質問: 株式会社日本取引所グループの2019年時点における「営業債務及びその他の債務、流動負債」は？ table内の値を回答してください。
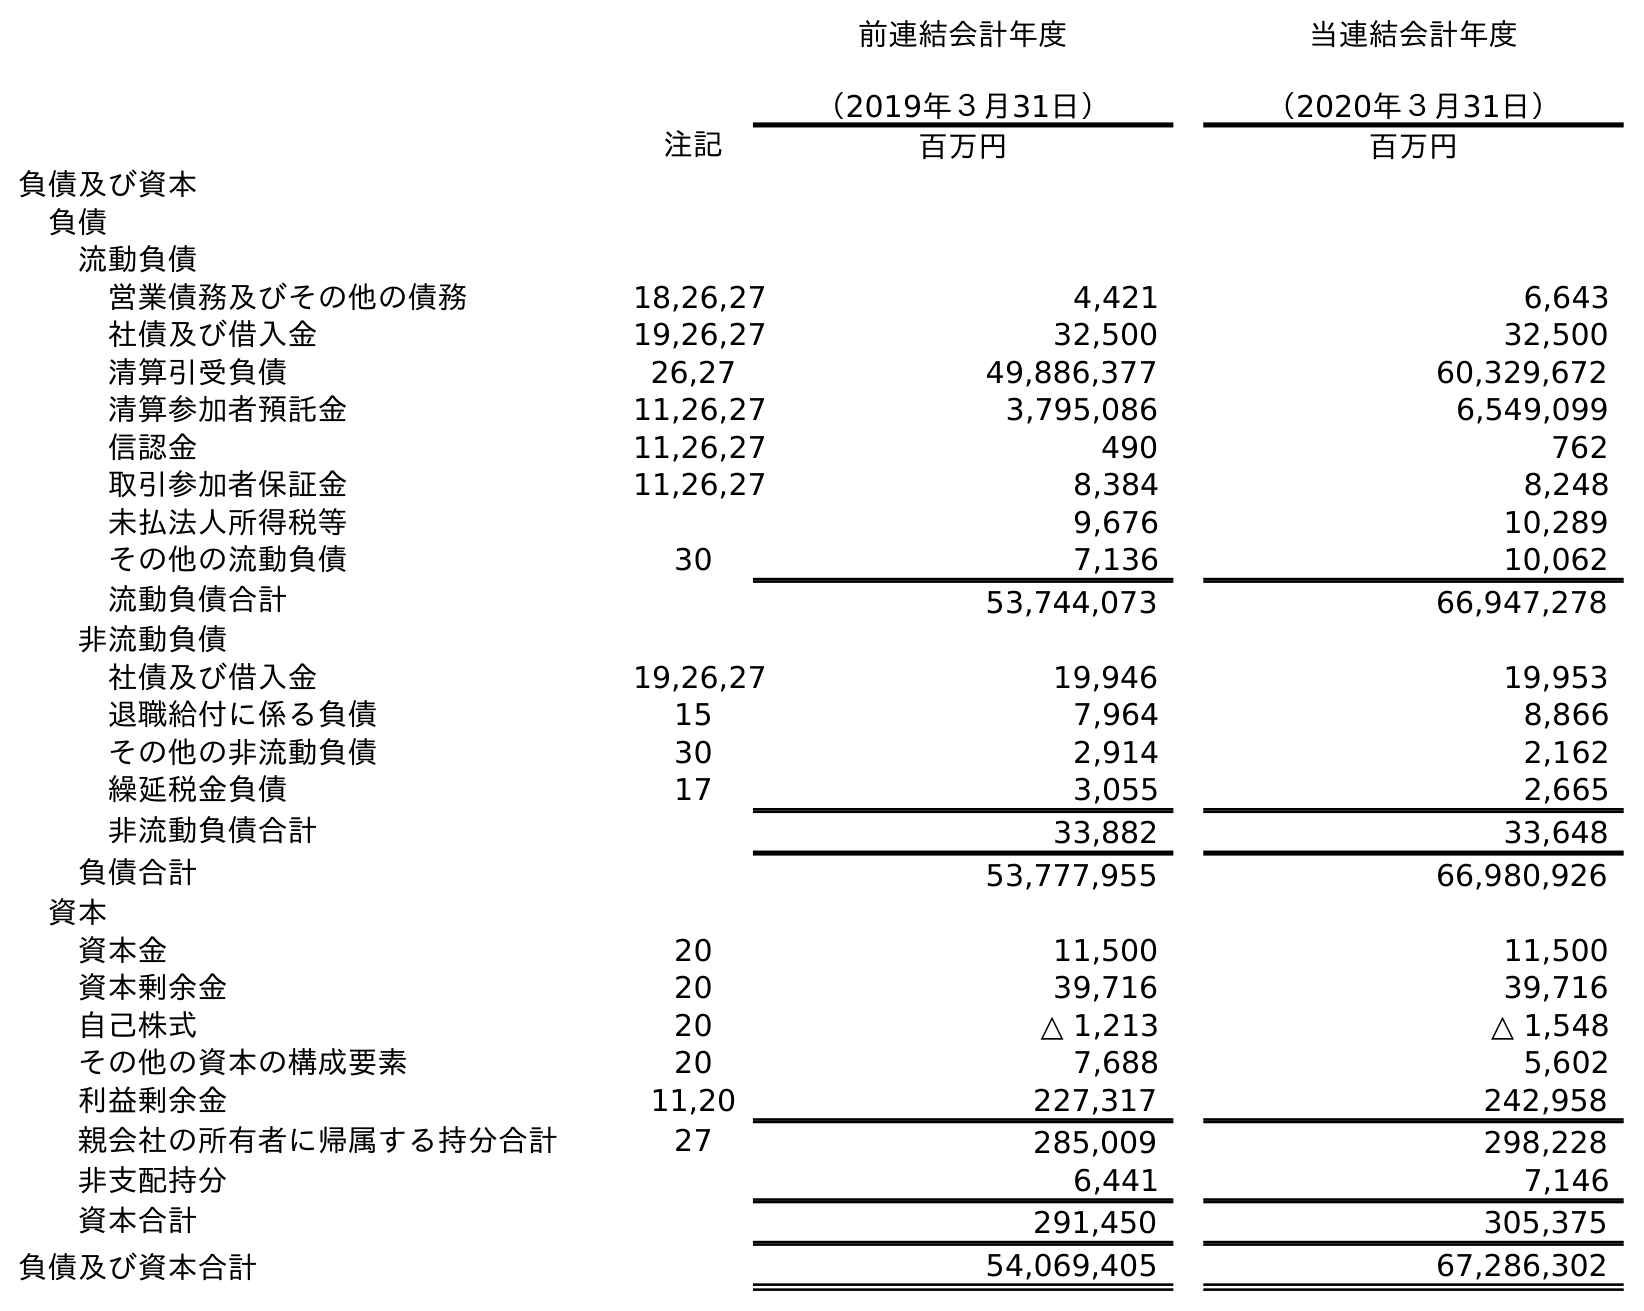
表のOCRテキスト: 前連結会計年度 （2019年３月31日） 当連結会計年度 （2020年３月31日） 注記 百万円 百万円 負債及び資本 負債 流動負債 営業債務及びその他の債務 18,26,27 4,421 6,643 社債及び借入金 19,26,27 32,500 32,500 清算引受負債 26,27 49,886,377 60,329,672 清算参加者預託金 11,26,27 3,795,086 6,549,099 信認金 11,26,27 490 762 取引参加者保証金 11,26,27 8,384 8,248 未払法人所得税等 9,676 10,289 その他の流動負債 30 7,136 10,062 流動負債合計 53,744,073 66,947,278 非流動負債 社債及び借入金 19,26,27 19,946 19,953 退職給付に係る負債 15 7,964 8,866 その他の非流動負債 30 2,914 2,162 繰延税金負債 17 3,055 2,665 非流動負債合計 33,882 33,648 負債合計 53,777,955 66,980,926 資本 資本金 20 11,500 11,500 資本剰余金 20 39,716 39,716 自己株式 20 △ 1,213 △ 1,548 その他の資本の構成要素 20 7,688 5,602 利益剰余金 11,20 227,317 242,958 親会社の所有者に帰属する持分合計 27 285,009 298,228 非支配持分 6,441 7,146 資本合計 291,450 305,375 負債及び資本合計 54,069,405 67,286,302
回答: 4,421